Vaccine operations Central Provinces & Berar 1922-1929 - 1922-1929
Year: 1922
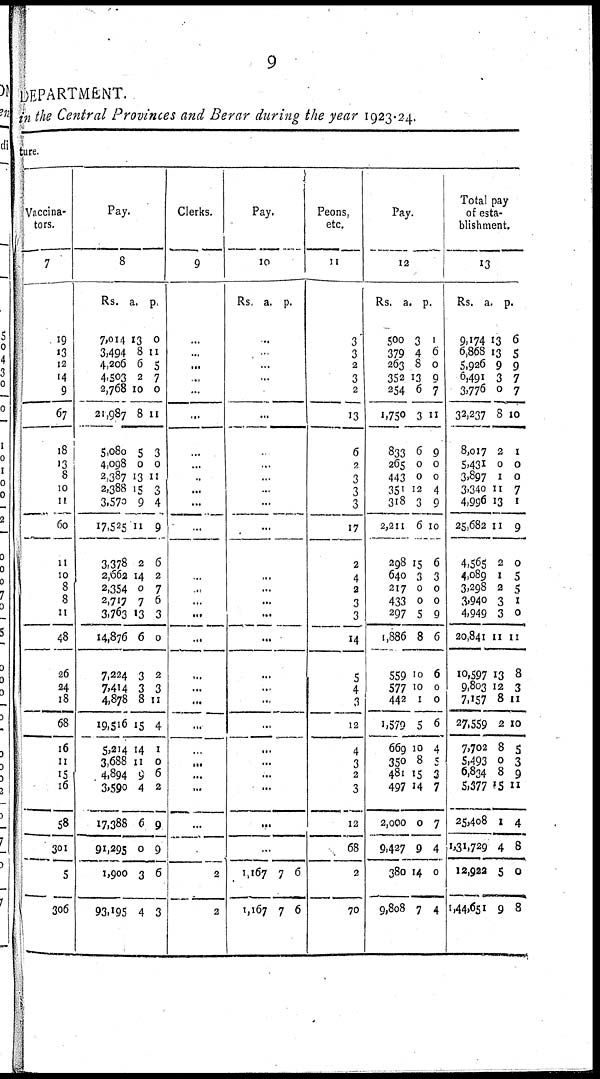
9
DEPARTMENT.
in the Central Provinces and Berar during the year 1923-24.
ture.
Vaccina-
tors.
7
19
13
12
14
9
67
18
13
8
10
11
60
11
10
8
8
11
48
26
24
18
68
16
11
15
16
58
301
5
306
Pay.
8
Rs.
7,014
3,494
4,206
4,503
2,768
21,987
5,080
4,098
2,387
2,388
3,570
17,528
3,378
2,662
2,354
2,717
3,763
14,876
7,224
7,414
4,878
19,516
5,214
3,688
4,894
3,590
17,388
91,295
1,900
93,195
a.
13
8
6
2
10
8
5
0
13
15
9
11
2
14
0
7
13
6
3
3
8
15
14
11
9
4
6
0
3
4
p.
0
11
5
7
0
11
3
0
11
3
4
9
6
2
7
6
3
0
2
3
11
4
1
0
6
2
9
9
6
3
Clerks.
9
...
...
...
...
...
...
...
...
...
...
...
...
...
...
...
...
...
...
...
...
...
...
...
...
...
...
...
...
2
2
Pay.
10
Rs.
a.
p.
...
...
...
...
...
...
...
...
...
...
...
...
...
...
...
...
...
...
...
...
...
...
...
...
...
...
...
...
1,167
1,167
7
7
6
6
Peons,
etc.
11
3
3
2
3
2
13
6
2
3
3
3
17
2
4
2
3
3
14
5
4
3
12
4
3
2
3
12
68
2
70
Pay.
12
Rs.
500
379
263
352
254
1,750
833
265
443
351
318
2,211
298
640
217
433
297
1,886
559
577
442
1,579
669
350
481
497
2,000
9,427
380
9,808
a.
3
4
8
13
6
3
6
0
0
12
3
6
15
3
0
0
5
8
10
10
1
5
10
8
15
14
0
9
14
7
p.
1
6
0
9
7
11
9
0
0
4
9
10
6
3
0
0
9
6
6
0
0
6
4
5
3
7
7
4
0
4
Total pay
of esta-
blishment.
13
Rs.
9,174
6,868
5,926
6,491
3,776
32,237
8,017
5,431
3,897
3,340
4,996
25,682
4,565
4,089
3,298
3,940
4,949
20,841
10,597
9,803
7,157
27,559
7,702
5,493
6,834
5,377
25,408
1,31,729
12,922
1,44,651
a.
13
13
9
3
0
8
2
0
1
11
13
11
2
1
2
3
3
11
13
12
8
2
8
0
8
15
1
4
5
9
p.
6
5
9
7
7
10
1
0
0
7
1
9
0
5
5
1
0
11
8
3
11
10
5
3
9
11
4
8
0
8